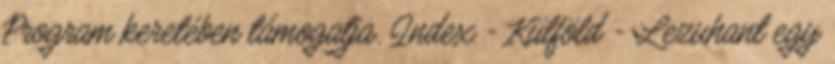
Program keretében támogatja. Index - Külföld - Lezuhant egy